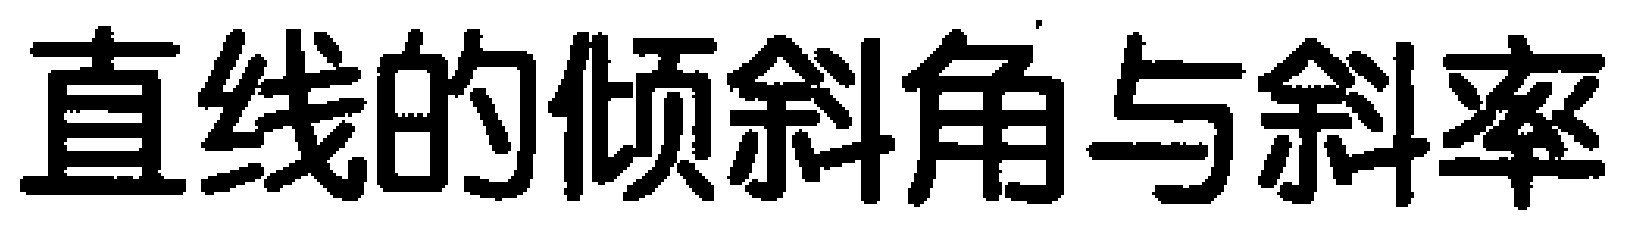
直线的倾斜角与斜率